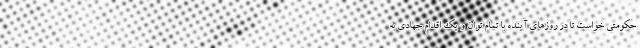
حکومتی خواست تا در روزهای آینده با تمام توان و یک اقدام جهادی به